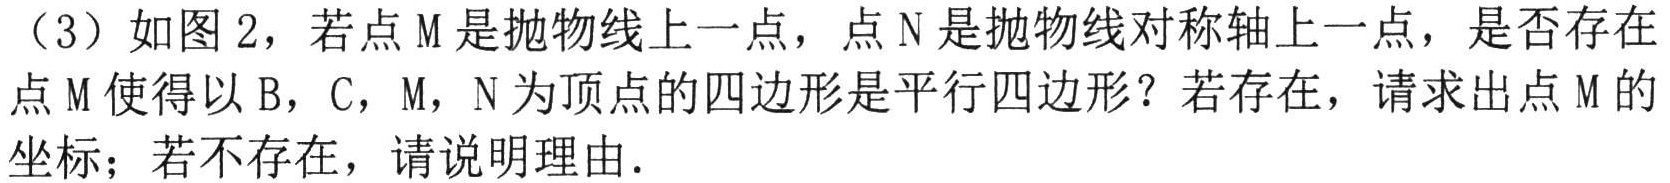
（3）如图2，若点M是抛物线上一点，点N是抛物线对称轴上一点，是否存在点M使得以B，C，M，N为顶点的四边形是平行四边形？若存在，请求出点M的坐标；若不存在，请说明理由．